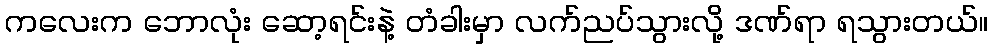
ကလေးက ဘောလုံး ဆော့ရင်းနဲ့ တံခါးမှာ လက်ညပ်သွားလို့ ဒဏ်ရာ ရသွားတယ်။